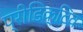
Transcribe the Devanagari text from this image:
प्रीडिक्टिव